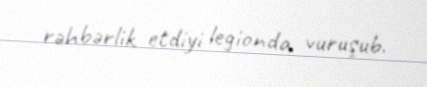
rəhbərlik etdiyi legionda vuruşub.